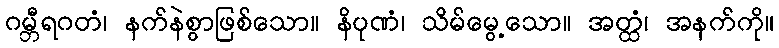
ဂမ္ဘီရဂတံ၊ နက်နဲစွာဖြစ်သော။ နိပုဏံ၊ သိမ်မွေ့သော။ အတ္ထံ၊ အနက်ကို။